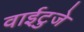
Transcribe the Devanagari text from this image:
वाईटुजे